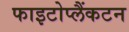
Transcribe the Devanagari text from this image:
फाइटोप्लैंकटन